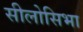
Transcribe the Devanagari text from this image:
सीलोसिभा